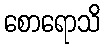
စောရောသိ